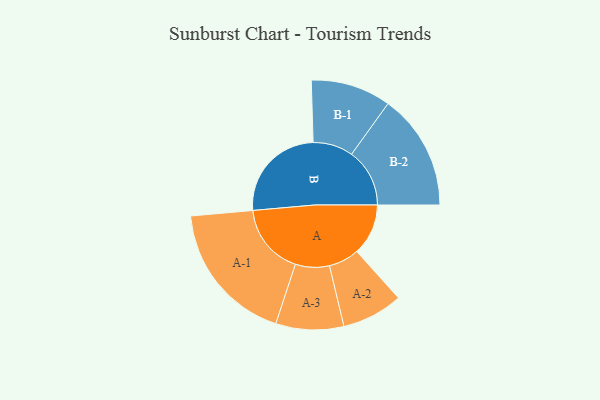
{"axis": {"x": "Segment", "y": "Value"}, "legend": ["", "A", "B"], "data": [{"x": "A", "y": 209, "type": ""}, {"x": "B", "y": 406, "type": ""}, {"x": "A-1", "y": 290, "type": "A"}, {"x": "A-2", "y": 124, "type": "A"}, {"x": "A-3", "y": 138, "type": "A"}, {"x": "B-1", "y": 163, "type": "B"}, {"x": "B-2", "y": 236, "type": "B"}]}